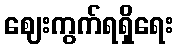
ဈေးကွက်ရရှိရေး